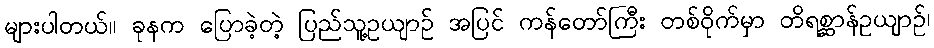
များပါတယ်။ ခုနက ပြောခဲ့တဲ့ ပြည်သူ့ဥယျာဉ် အပြင် ကန်တော်ကြီး တစ်ဝိုက်မှာ တိရစ္ဆာန်ဥယျာဉ်၊